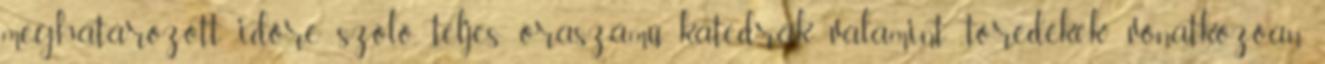
meghatározott időre szóló, teljes óraszámú katedrák, valamint „töredékek” vonatkozóan